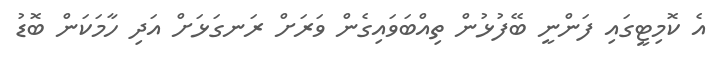
އެ ކޮމިޓީގައި ފަންނީ ބޭފުޅުން ތިއްބަވައިގެން ވަރަށް ރަނގަޅަށް އަދި ހާމަކަން ބޮޑު